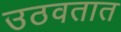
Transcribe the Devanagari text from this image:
उठवतात